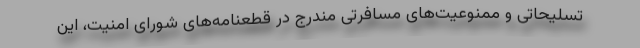
تسلیحاتی و ممنوعیت‌های مسافرتی مندرج در قطعنامه‌های شورای امنیت، این